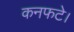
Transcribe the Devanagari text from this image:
कनफटे।